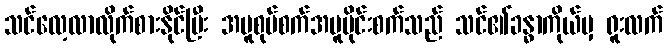
သင်လေ့လာလိုက်စားနိုင်ပြီး အပူစုပ်စက်အပူပိုင်းစက်သည် သင်၏ခန္ဓာကိုယ်မှ ရူးလက်